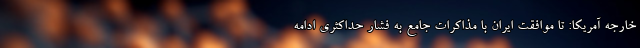
خارجه آمریکا: تا موافقت ایران با مذاکرات جامع به فشار حداکثری ادامه